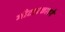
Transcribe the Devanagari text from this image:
मोटारकारने